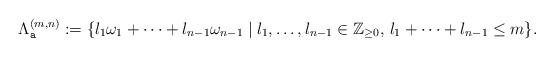
LaTeX: \begin{align*}\Lambda^{(m,n)}_{\texttt{a}}:= \{ l_1\omega_1+\cdots+l_{n-1}\omega_{n-1} \mid l_1,\ldots ,l_{n-1}\in\mathbb{Z}_{\geq 0},\, l_1+\cdots +l_{n-1}\leq m\} .\end{align*}